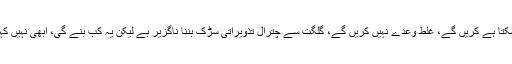
چیئرمین سی پیک اتھارٹی نے کہا سی پیک کے حوالے سے جو ہو سکتا ہے کریں گے، غلط وعدے نہیں کریں گے، گلگت سے چترال تذویراتی سڑک بننا ناگزیر ہے لیکن یہ کب بنے گی، ابھی نہیں کہہ سکتے، چترال سے چکدرہ شاہراہ ترقیاتی منصوبوں میں شامل ہے۔